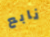
نابع